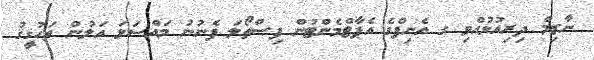
ނާޒިމް ދިރިއުޅުއްވި ގ އެނިފްގެ އެޕާޓްމެންޓުން ފިސްތޯލަ ފެނުނު މައްސަަލަ އަލުން ތަހުޤީޤު